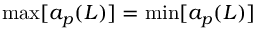
\operatorname* { m a x } [ a _ { p } ( L ) ] = \operatorname* { m i n } [ a _ { p } ( L ) ]